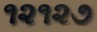
૧૨૧૨૭